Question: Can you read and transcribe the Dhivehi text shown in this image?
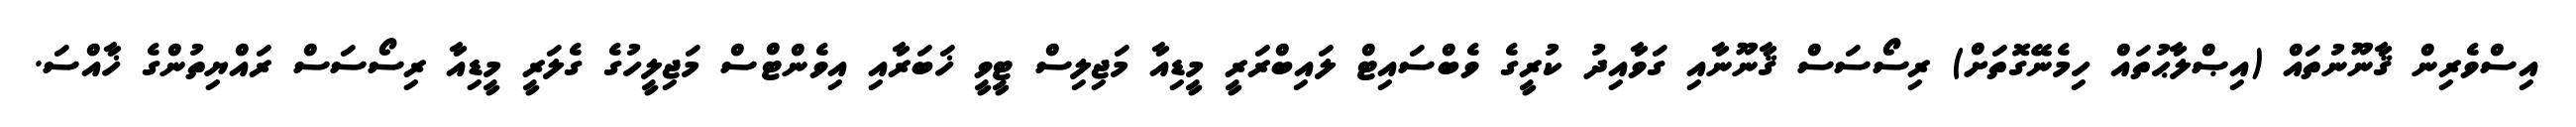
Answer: އިސްވެރިން ޤާނޫނުތައް (އިޞްލާޙުތައް ހިމެނޭގޮތަށް) ރިސޯސަސް ޤާނޫނާއި ގަވާއިދު ކުރީގެ ވެބްސައިޓް ލައިބްރަރީ މީޑިއާ މަޖިލިސް ޓީވީ ޚަބަރާއި އިވެންޓްސް މަޖިލީހުގެ ގެލަރީ މީޑިއާ ރިސޯސަސް ރައްޔިތުންގެ ޚާއްސަ.